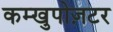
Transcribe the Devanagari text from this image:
कम्खुपोज़टर